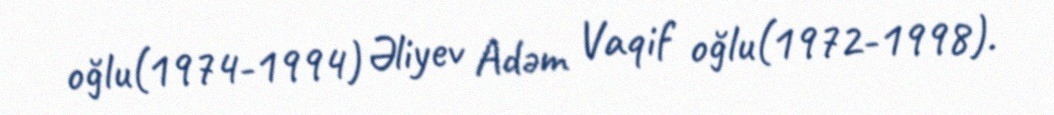
oğlu(1974-1994) Əliyev Adəm Vaqif oğlu(1972-1998).